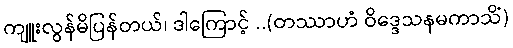
ကျူးလွန်မိပြန်တယ်၊ ဒါကြောင့် ..(တဿာဟံ ဝိဒ္ဒေသနမကာသိံ)